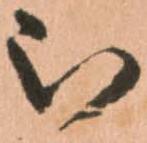
被